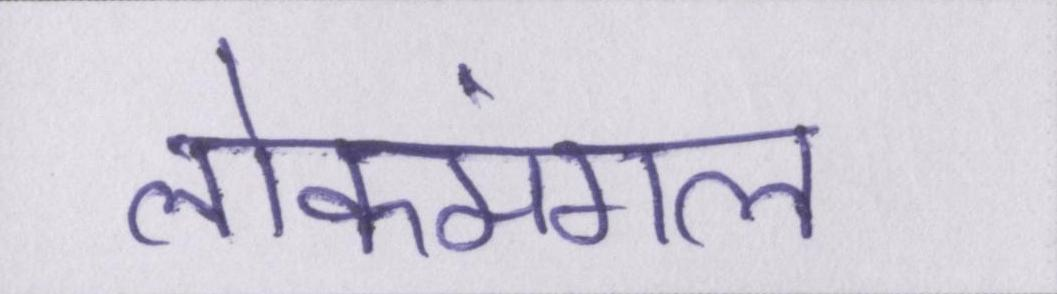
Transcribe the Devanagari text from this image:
लोकमंगल